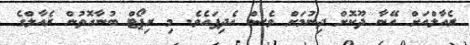
ރެއާލްއަށް އޭނާ ދޫކޮށް ދިނުމަށް ވެސް އެދިފައެވެ. މި ރިޕޯޓް ބުނާގޮތުން ރެއާލްގެ